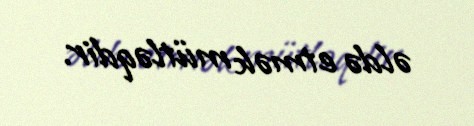
əldə etmək mütləqdir.